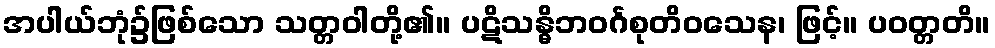
အပါယ်ဘုံ၌ဖြစ်သော သတ္တဝါတို့၏။ ပဋိသန္ဓိဘဝင်္ဂစုတိဝသေန၊ ဖြင့်။ ပဝတ္တတိ။